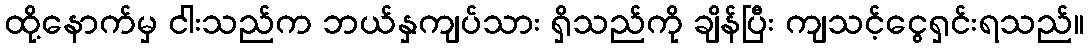
ထို့နောက်မှ ငါးသည်က ဘယ်နှကျပ်သား ရှိသည်ကို ချိန်ပြီး ကျသင့်ငွေရှင်းရသည်။